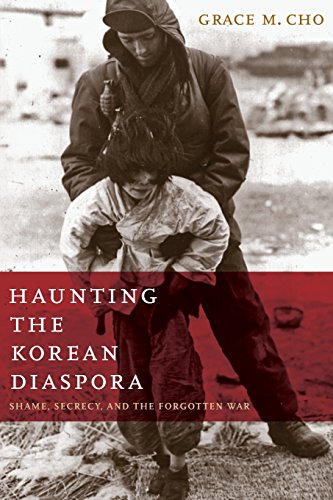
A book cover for Haunting the Korean Diaspora: Shame, Secrecy, and the Forgotten War; Grace M. Cho; History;